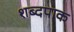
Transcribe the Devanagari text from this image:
शब्दपाक